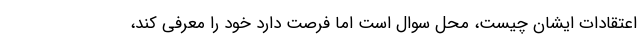
اعتقادات ایشان چیست، محل سوال است اما فرصت دارد خود را معرفی کند،